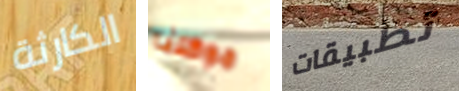
الكارثة موكلنا تطبيقات